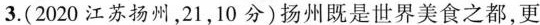
3.(2020江苏扬州，21，10分)扬州既是世界美食之都，更